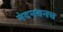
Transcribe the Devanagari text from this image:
नंदनवनच